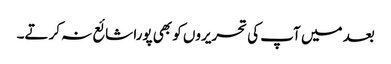
بعد میں آپ کی تحریروں کو بھی پورا شائع نہ کرتے۔